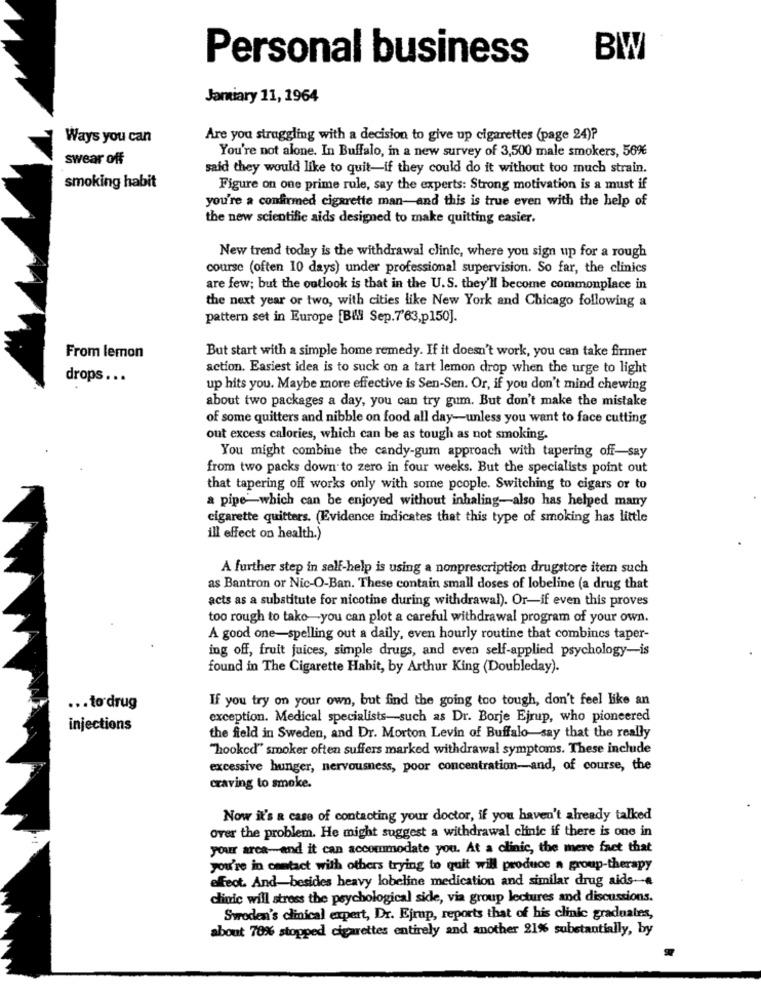
Personal business
BW
Jariary 11, 1964
Ways you can
Are you struggling with a decision to give up cigarettes (page 24)?
You're not alone. In Buffalo, in a new survey of 3,500 male smokers, 56%
swear off
said they would like to quit-if they could do it without too much strain.
smoking habit
Figure on one prime rule, say the experts: Strong motivation is a must if
you're a confirmed cigarette man-and this is true even with the help of
the new scientific aids designed to make quitting easier.
New trend today is the withdrawal clinic, where you sign up for a rough
course (often 10 days) under professional supervision. So far, the clinics
are few; but the outlook is that in the U.S. they'll become commonplace in
the next year or two, with cities like New York and Chicago following a
pattern set in Europe [Bill Sep.7'63,p150].
From lemon
But start with a simple home remedy. If it doesn't work, you can take firmer
action. Easiest idea is to suck on a tart lemon drop when the urge to light
drops ...
up hits you. Maybe more effective is Sen-Sen. Or, if you don't mind chewing
about two packages a day, you can try gum. But don't make the mistake
of some quitters and nibble on food all day-unless you want to face cutting
out excess calories, which can be as tough as not smoking.
You might combine the candy-gum approach with tapering off-say
from two packs down to zero in four weeks. But the specialists point out
that tapering off works only with some people. Switching to cigars or to
a pipe-which can be enjoyed without inhaling-also has helped many
cigarette quitters. (Evidence indicates that this type of smoking has little
ill effect on health.)
A further step in self-help is using a nonprescription drugstore item such
as Bantron or Nic-O-Ban. These contain small doses of lobeline (a drug that
acts as a substitute for nicotine during withdrawal). Or-if even this proves
too rough to tako-you can plot a careful withdrawal program of your own.
A good one-spelling out a daily, even hourly routine that combines taper-
ing off, fruit juices, simple drugs, and even self-applied psychology-is
found in The Cigarette Habit, by Arthur King (Doubleday).
If you try on your own, but find the going too tough, don't feel like an
... to drug
exception. Medical specialists-such as Dr. Borje Ejrup, who pioneered
injections
the field in Sweden, and Dr. Morton Levin of Buffalo-say that the really
"hooked" smoker often suffers marked withdrawal symptoms. These include
excessive hunger, nervousness, poor concentration-and, of course, the
craving to smoke.
Now it's a case of contacting your doctor, if you haven't already talked
over the problem. He might suggest a withdrawal clinic if there is one in
your area-and it can accommodate you. At a clinic, the mere fact that
you're in contact with others trying to quit will produce a group-therapy
affect. And-besides heavy lobeline medication and similar drug aids ...
clinic will stress the psychological side, via group lectures and discussions.
Swoden's clinical expert, Dr. Ejrup, reports that of his clinic graduates,
about 70% stopped cigarettes entirely and another 21% substantially, by